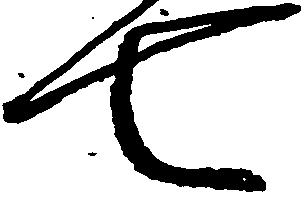
七